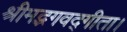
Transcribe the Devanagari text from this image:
श्रीमद्भगवद्गीता।